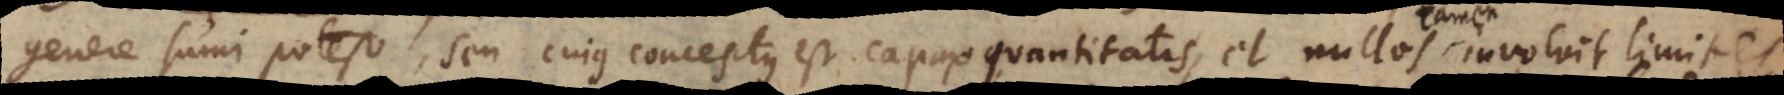
genere sumi potest, seu cujus conceptus est capax quantitatis, et nullos involvit limites